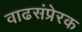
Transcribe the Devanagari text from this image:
वाढसंप्रेरक